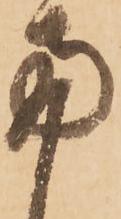
両